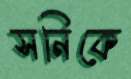
সনিকে